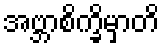
အဗ္ဘာစိက္ခိမှာတိ